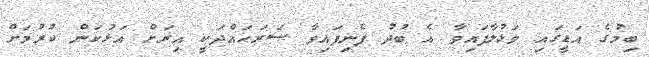
ބިމުގެ އަޑީގައި ވަޅުލާފައިވާ އެ ބުދު ފެނިފައިވާ ސަރަހައްދަކީ އިރަށް އަޅުކަން ކުރުމަށް